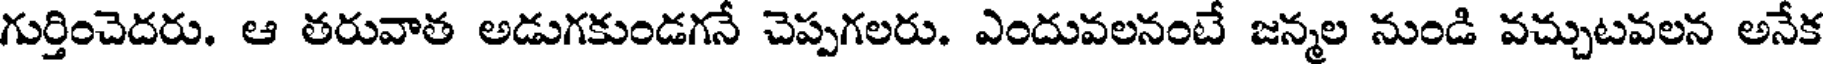
గుర్తించెదరు. ఆ తరువాత అడుగకుండగనే చెప్పగలరు. ఎందువలనంటే జన్మల నుండి వచ్చుటవలన అనేక